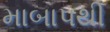
માબાપથી